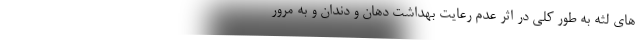
های لثه به طور کلی در اثر عدم رعایت بهداشت دهان و دندان و به مرور